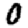
Digit: 0